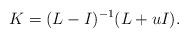
LaTeX: \begin{align*}K=(L-I)^{-1}(L+uI).\end{align*}